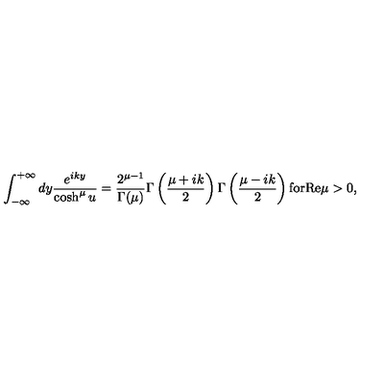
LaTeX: \int _ { - \infty } ^ { + \infty } d y \frac { e ^ { i k y } } { \cosh ^ { \mu } u } = \frac { 2 ^ { \mu - 1 } } { \Gamma ( \mu ) } \Gamma \left( \frac { \mu + i k } { 2 } \right) \Gamma \left( \frac { \mu - i k } { 2 } \right) \mathrm { f o r } \mathrm { R e } \mu > 0 ,